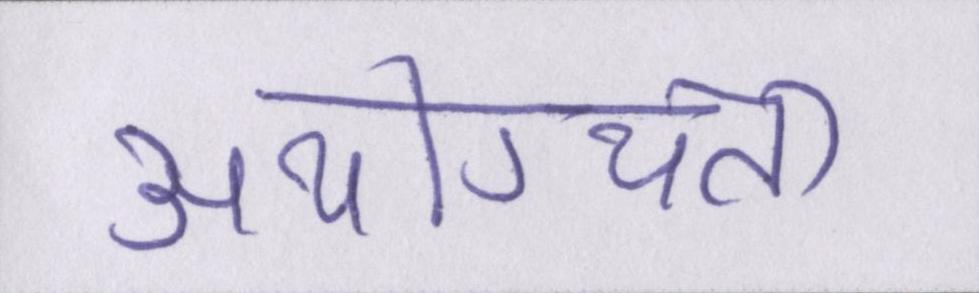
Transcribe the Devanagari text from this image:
अयोग्यता